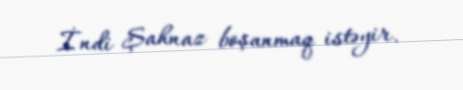
İndi Şahnaz boşanmaq istəyir.